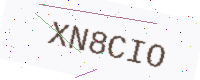
Text: XN8CIO